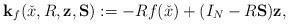
LaTeX: \begin{align*}\mathbf{k}_f(\check{x},R,\mathbf{z},\mathbf{S}):=-Rf(\check{x})+(I_N-R\mathbf{S})\mathbf{z},\end{align*}